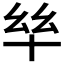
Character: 𫧠